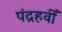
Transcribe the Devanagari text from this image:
पंद्रहवीँ